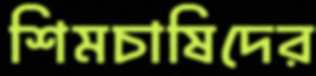
শিমচাষিদের